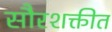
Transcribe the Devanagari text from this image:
सौरशक्तीत